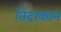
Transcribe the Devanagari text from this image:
तिंदाकान